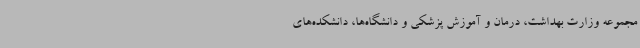
مجموعه وزارت بهداشت، درمان و آموزش پزشکی و دانشگاه‌ها، دانشکده‌های